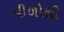
પીળોથી